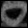
Digit: ၀